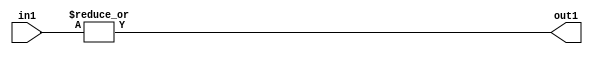
`timescale 1ps / 1ps
/*****************************************************************************
    Verilog RTL Description
    
    
    Created by: Stratus DpOpt 21.05.01 
*******************************************************************************/

module SobelFilter_OrReduction_4U_1U_1 (
	in1,
	out1
	); /* architecture "behavioural" */ 
input [3:0] in1;
output  out1;
wire  asc001;

assign asc001 = 
	(|in1);

assign out1 = asc001;
endmodule

/* CADENCE  urfySws= : u9/ySxbfrwZIxEzHVQQV8Q== ** DO NOT EDIT THIS LINE ******/